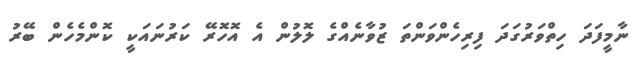
ނާމީފަދަ ހިތްވަރުގަދަ ފިރިހެންވަންތަ ޒުވާނެއްގެ ލޮލުން އެ އޮހޮރޭ ކަރުނައަކީ ކޮންމެހެން ބޭރު